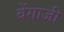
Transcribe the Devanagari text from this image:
बेंगाजी